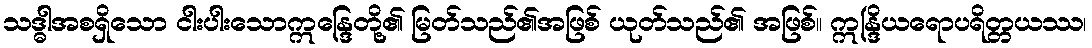
သဒ္ဓါအစရှိသော ငါးပါးသောဣန္ဒြေတို့၏ မြတ်သည်၏အဖြစ် ယုတ်သည်၏ အဖြစ်။ ဣန္ဒြိယရောပရိတ္တယဿ၊